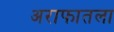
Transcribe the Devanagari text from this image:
अराफातला